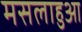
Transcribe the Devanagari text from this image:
मसलाहुआ